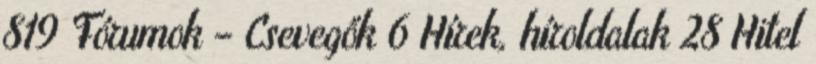
819 Fórumok – Csevegők 6 Hírek, híroldalak 28 Hitel